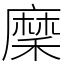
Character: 穈